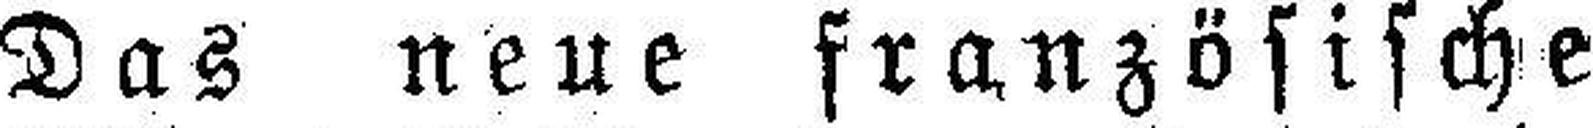
Das neue französische Kabinett=